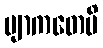
ဗျာကတေပိ